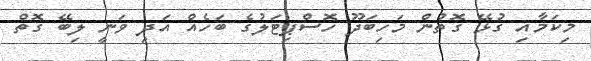
މިކަމާއި ގުޅޭ ގޮތުން މަހިބަދޫ ހޮސްޕިޓަލުގެ ބަހެއް އަދި ވަނީ ލިބޭ ގޮތް